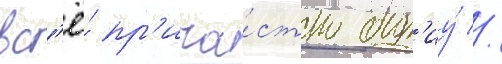
вс'ё́ пр'ича́стно быт'иу́ //